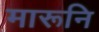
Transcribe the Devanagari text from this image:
मारूनि